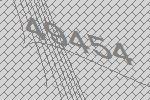
49454